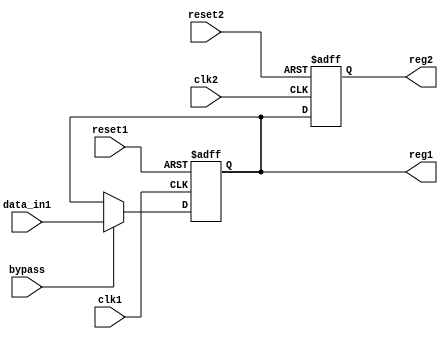
module dual_port_bypass_register (
    input clk1,
    input reset1,
    input data_in1,
    output reg1,
    input clk2,
    input reset2,
    output reg2,
    input bypass
);

reg synchronized_data;

always @(posedge clk1 or posedge reset1) begin
    if (reset1) begin
        synchronized_data <= 1'b0;
    end else begin
        if (bypass) begin
            synchronized_data <= data_in1;
        end else begin
            synchronized_data <= synchronized_data;
        end
    end
end

assign reg1 = synchronized_data;

always @(posedge clk2 or posedge reset2) begin
    if (reset2) begin
        reg2 <= 1'b0;
    end else begin
        reg2 <= synchronized_data;
    end
end

endmodule